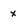
Character: x